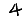
Digit: 4